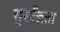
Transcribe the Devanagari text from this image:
सुसज्जिता